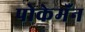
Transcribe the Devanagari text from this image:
पोकेमॅन